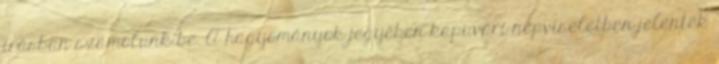
írásban számolunk be. A hagyományok jegyében kapuvári népviseletben jelentek